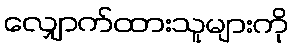
လျှောက်ထားသူများကို